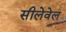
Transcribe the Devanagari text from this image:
सीलेवेल